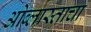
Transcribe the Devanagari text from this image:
ओब्लास्ताचा